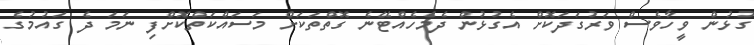
ގުޅުން ވީހާވެސް ވަރުގަދަކޮށް އެގުޅުން ދެމެހެއްޓޭނެ ގޮތްތަކަށް މަސައްކަތްކޮށްފި ނަމަ ދެ ގައުމުގެ